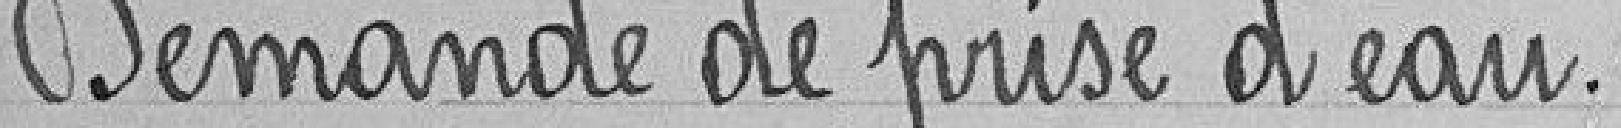
Demande de prise d'eau